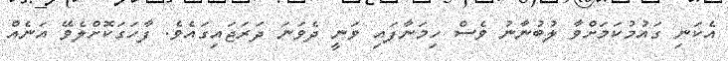
އެކަނި ގައުމުކަމަށްވާ ލުބުނާނު ވެސް ހިމަނާފައި ވަނީ ދެވަނަ ދަރަޖައިިގައެވެ. ފާހަގަކޮށްލެވޭ އަނެއް